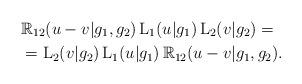
LaTeX: \begin{align*}& \mathbb{R}_{12}(u-v|g_1,g_2)\,\mathrm{L}_1(u|g_1)\,\mathrm{L}_2(v|g_2) = \\ &=\mathrm{L}_2(v|g_2)\,\mathrm{L}_1(u|g_1)\,\mathbb{R}_{12}(u-v|g_1,g_2). \end{align*}